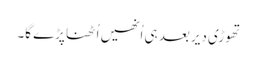
تھوڑی دیر بعد ہی اُنھیں اُٹھنا پڑے گا۔